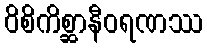
ဝိစိကိစ္ဆာနီဝရဏဿ